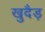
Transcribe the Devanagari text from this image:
खुदैड़